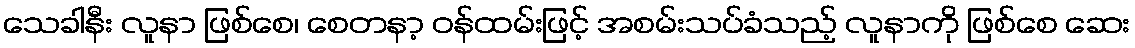
သေခါနီး လူနာ ဖြစ်စေ၊ စေတနာ့ ဝန်ထမ်းဖြင့် အစမ်းသပ်ခံသည့် လူနာကို ဖြစ်စေ ဆေး